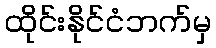
ထိုင်းနိုင်ငံဘက်မှ